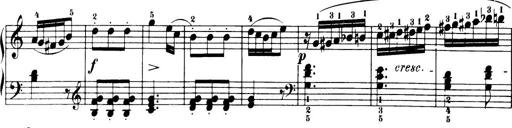
Title: 32 Sonatinas and Rondos for the Piano
Composer: Richard Kleinmichel